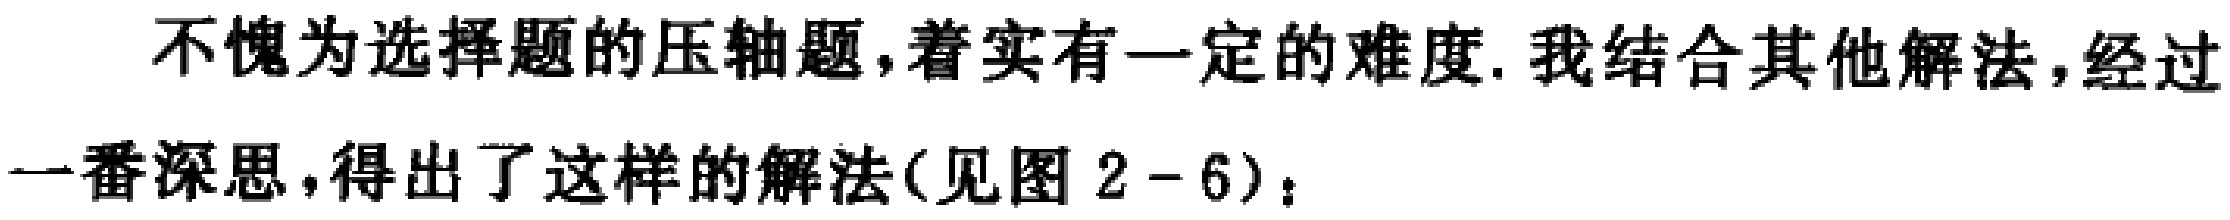
不愧为选择题的压轴题,着实有一定的难度. 我结合其他解法,经过一番深思,得出了这样的解法(见图 2 - 6)：